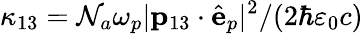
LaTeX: \kappa_{13}={\cal N}_{a}\omega_{p}|\mathbf{p}_{13}\cdot\hat{\mathbf{e}}_{p}|^{2}/(2\hbar\varepsilon_{0}c)